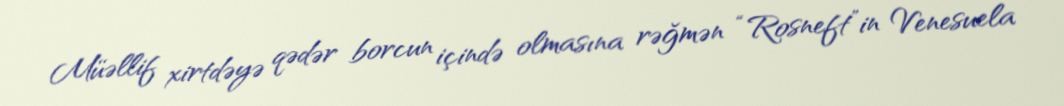
Müəllif xirtdəyə qədər borcun içində olmasına rəğmən “Rosneft”in Venesuela